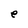
Character: e